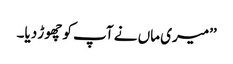
’’میری ماں نے آپ کو چھوڑ دیا۔